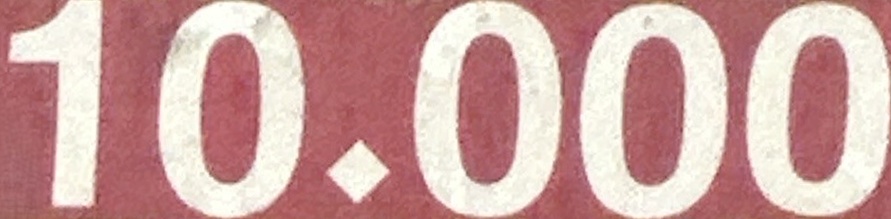
10.000